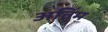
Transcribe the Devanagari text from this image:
अतिंम